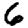
Digit: 6